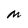
Character: M